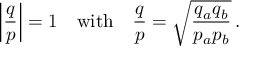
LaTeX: \left| \frac { q } { p } \right| = 1 \quad \mathrm { w i t h } \quad \frac { q } { p } = \sqrt { \frac { q _ { a } q _ { b } } { p _ { a } p _ { b } } } \, .